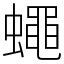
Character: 蠅